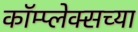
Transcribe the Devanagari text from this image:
कॉम्प्लेक्सच्या